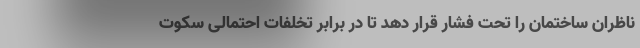
ناظران ساختمان را تحت فشار قرار دهد تا در برابر تخلفات احتمالی سکوت